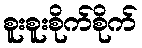
စူးစူးစိုက်စိုက်